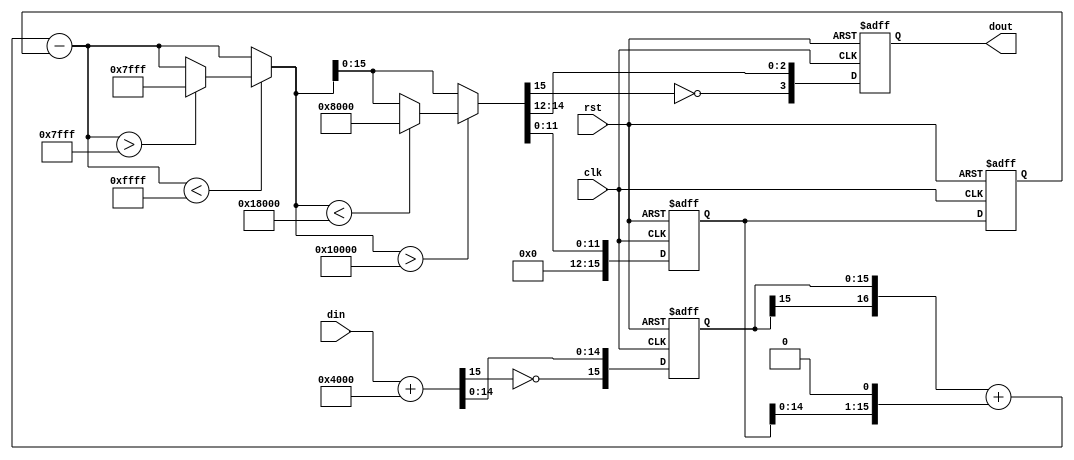
//Verilog HDL for "tirunels_design", "veri_dsm_order2_15to4" "functional"


module veri_dsm_order2_15to4 ( din, dout, clk, rst );
 

input [14:0] din;
input clk, rst;

output [3:0] dout;

reg [3:0]dout;

reg [15:0]delay1;
reg [15:0]delay2;

reg [15:0] din_2comp;
reg [17:0] dout_int;


reg [15:0] din_signed;
reg [15:0] din_signed_pos;
reg [15:0] din_signed_neg;


 


// Register logic starts here
always @(posedge clk or negedge rst)
begin
        if (rst == 0 ) begin
                dout <= 0;
                delay1 <= 0;
                delay2 <= 0;
                din_2comp <= 0; 
        end
        else begin
                // 2s complement the input data
                din_2comp <= din_signed;

                dout <= {~dout_int[15],dout_int[14],dout_int[13],dout_int[12]};

                delay1 <= {4'b0000 ,dout_int[11:0]};

                delay2 <= delay1;
 
        end
end

//Signed conversion is implemented here
always @(din)
begin

                din_signed_pos = {1'b0,din} + 16'b0100_0000_0000_0000;
                din_signed = {~din_signed_pos[15],din_signed_pos[14:0]};

end


// Limitter on the adder is implemented here
always @(delay1 or delay2 or din_2comp) begin

dout_int = {din_2comp[15],din_2comp} + {1'b0,delay1[14:0],1'b0} - {1'b0,delay2};
//dout_int = din_2comp + {delay1[14:0],1'b0} - delay2;

        // Check if we are on the right side
        if (dout_int < 17'b0_1111_1111_1111_1111)begin
                if (dout_int > 17'b0_0111_1111_1111_1111) begin
                        dout_int = 17'b0_0111_1111_1111_1111;
                end
        end

        // Check if we are on the left side
        if (dout_int > 17'b1_0000_0000_0000_0000)begin
                if (dout_int < 17'b1_1000_0000_0000_0000) begin
                        dout_int = 17'b1_1000_0000_0000_0000;
                end
        end
end


endmodule